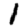
Digit: 1